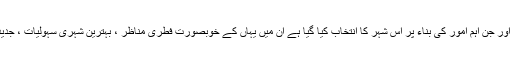
عالمی سرگرمی کے لیے چھنگ تاو کا انتخاب یقینی طور پر شہر کے لیے ایک اہم موقع ہے اور جن اہم امور کی بناء پر اس شہر کا انتخاب کیا گیا ہے اُن میں یہاں کے خوبصورت فطری مناظر ، بہترین شہری سہولیات ، جدید ٹیکنالوجی کی دستیابی ، صحت مند آب و ہوا اور عوامی سلامتی سے متعلق امور نمایاں ہیں۔